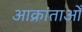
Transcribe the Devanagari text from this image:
आक्रांताओँ